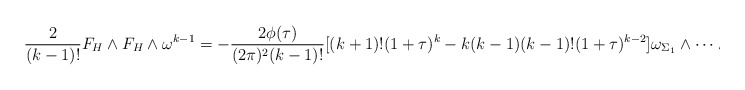
\begin{align*}\frac{2}{(k-1)!}F_{H}\wedge F_{H}\wedge \omega^{k-1}=-\frac{2\phi(\tau)}{(2\pi)^{2}(k-1)!}[(k+1)!(1+\tau)^{k}-k(k-1)(k-1)!(1+\tau)^{k-2}]\omega_{\Sigma_{1}}\wedge\dots\wedge\omega_{\Sigma_{k}}\wedge\frac{\sqrt{-1}dw\wedge d\bar{w}}{\lvert w\rvert^{2}}\\\end{align*}